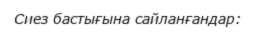
Сиез бастығына сайланғандар: